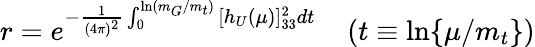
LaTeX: r=e^{-\frac{1}{(4\pi)^{2}}\int_{0}^{\ln(m_{G}/m_{t})}{[h_{U}(\mu)]_{33}^{2}dt}}\; \; \; \; (t\equiv\ln\{ \mu/m_{t}\} )